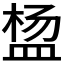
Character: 𬐠